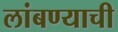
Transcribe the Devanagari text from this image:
लांबण्याची